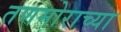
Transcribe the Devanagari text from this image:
तणमोराच्या